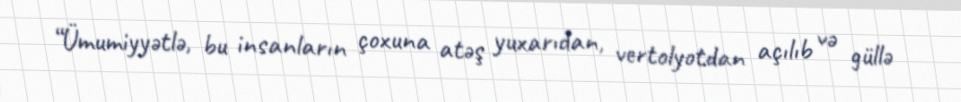
“Ümumiyyətlə, bu insanların çoxuna atəş yuxarıdan, vertolyotdan açılıb və güllə